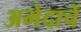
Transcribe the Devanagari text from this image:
अभेदाचें